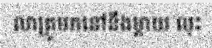
លាគ្រូមកនៅនឹងម្តាយ លុះ